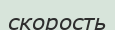
скорость